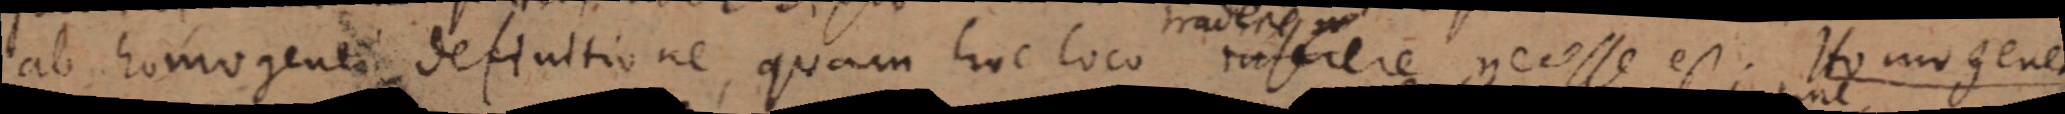
ab homogenea definitione, quam hoc loco tasere necesse est. Homogenea